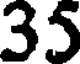
35